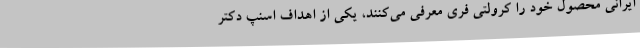
ایرانی محصول خود را کرولتی فری معرفی می‌کنند، یکی از اهداف اسنپ دکتر